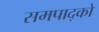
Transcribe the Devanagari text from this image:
समपाद्को